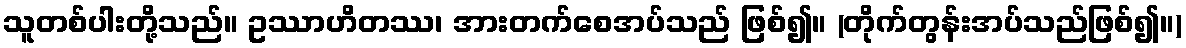
သူတစ်ပါးတို့သည်။ ဥဿာဟိတဿ၊ အားတက်စေအပ်သည် ဖြစ်၍။ (တိုက်တွန်းအပ်သည်ဖြစ်၍။)